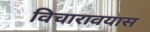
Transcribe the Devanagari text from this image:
विचारावयास